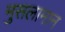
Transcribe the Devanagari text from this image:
मुसलामान